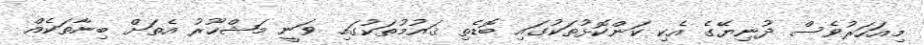
މިއަހަރުވެސް ދުނިޔޭގެ އެކި ކަންކޮޅުތަކުގައި ބޮޑެތި ޤައުމުތަކުގައި ވަނީ މަޝްހޫރު އެތަށް ބިނާތަކެއް